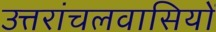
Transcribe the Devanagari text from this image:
उत्तरांचलवासियों